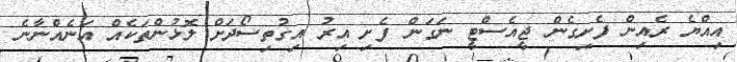
އިއްޔެ ރެއިން ފެށިގެން ޖީއެސްޓީ ނަގަން ފެށި އިރު އިގުތިސޯދަށް ލޮޅުންތަކެއް އަނެއްނާނެ